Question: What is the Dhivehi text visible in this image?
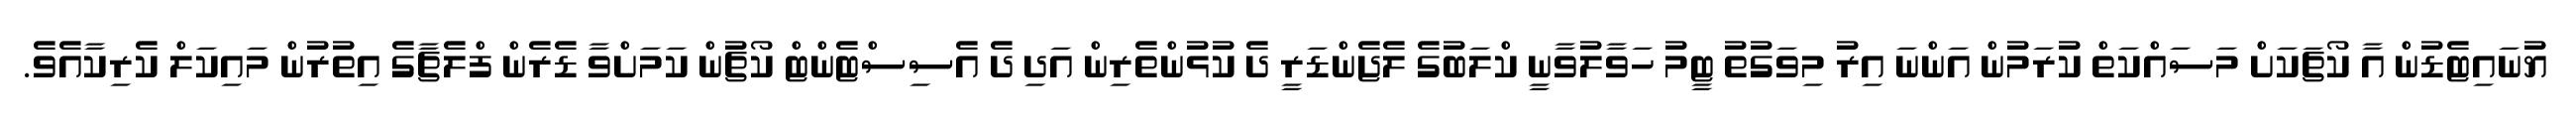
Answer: ޔުނައިޓެޑުން އާ ކޯޗަކަށް މަސައްކަތް ކުރަމުން އަންނަ އިރު މިވަގުތު ޓީމު ހަވާލުވާނީ ކްލަބުގެ ލެޖެންޑަރީ ދެ ކުޅުންތެރިން އަދި ދެ އެސިސްޓެންޓް ކޯޗުން ކަމަށްވާ ޑެރެން ފްލެޗާގެ އިތުރުން މައިކަލް ކެރިކާއެވެ.